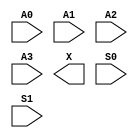
/**
 * Copyright 2020 The SkyWater PDK Authors
 *
 * Licensed under the Apache License, Version 2.0 (the "License");
 * you may not use this file except in compliance with the License.
 * You may obtain a copy of the License at
 *
 *     https://www.apache.org/licenses/LICENSE-2.0
 *
 * Unless required by applicable law or agreed to in writing, software
 * distributed under the License is distributed on an "AS IS" BASIS,
 * WITHOUT WARRANTIES OR CONDITIONS OF ANY KIND, either express or implied.
 * See the License for the specific language governing permissions and
 * limitations under the License.
 *
 * SPDX-License-Identifier: Apache-2.0
 */

`ifndef SKY130_FD_SC_HD__MUX4_SYMBOL_V
`define SKY130_FD_SC_HD__MUX4_SYMBOL_V

/**
 * mux4: 4-input multiplexer.
 *
 * Verilog stub (without power pins) for graphical symbol definition
 * generation.
 *
 * WARNING: This file is autogenerated, do not modify directly!
 */

`timescale 1ns / 1ps
`default_nettype none

(* blackbox *)
module sky130_fd_sc_hd__mux4 (
    //# {{data|Data Signals}}
    input  A0,
    input  A1,
    input  A2,
    input  A3,
    output X ,

    //# {{control|Control Signals}}
    input  S0,
    input  S1
);

    // Voltage supply signals
    supply1 VPWR;
    supply0 VGND;
    supply1 VPB ;
    supply0 VNB ;

endmodule

`default_nettype wire
`endif  // SKY130_FD_SC_HD__MUX4_SYMBOL_V